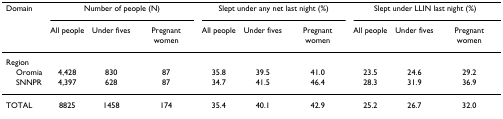
<table><thead><tr><td><b>Domain</b></td><td colspan="3"><b>Number of people (N)</b></td><td colspan="3"><b>Slept under any net last night (%)</b></td><td colspan="3"><b>Slept under LLIN last night (%)</b></td></tr><tr><td></td><td><b>All people</b></td><td><b>Under fives</b></td><td><b>Pregnant women</b></td><td><b>All people</b></td><td><b>Under fives</b></td><td><b>Pregnant women</b></td><td><b>All people</b></td><td><b>Under fives</b></td><td><b>Pregnant women</b></td></tr></thead><tbody><tr><td>Region</td><td></td><td></td><td></td><td></td><td></td><td></td><td></td><td></td><td></td></tr><tr><td> Oromia</td><td>4,428</td><td>830</td><td>87</td><td>35.8</td><td>39.5</td><td>41.0</td><td>23.5</td><td>24.6</td><td>29.2</td></tr><tr><td> SNNPR</td><td>4,397</td><td>628</td><td>87</td><td>34.7</td><td>41.5</td><td>46.4</td><td>28.3</td><td>31.9</td><td>36.9</td></tr><tr><td>TOTAL</td><td>8825</td><td>1458</td><td>174</td><td>35.4</td><td>40.1</td><td>42.9</td><td>25.2</td><td>26.7</td><td>32.0</td></tr></tbody></table>